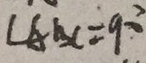
\angle A B C = 9 0 ^ { \circ }